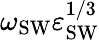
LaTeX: \omega_{\mathrm{{SW}}}\varepsilon_{\mathrm{{SW}}}^{1/3}